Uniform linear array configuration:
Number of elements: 4
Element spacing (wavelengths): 0.5
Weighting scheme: blackman
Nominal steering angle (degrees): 45
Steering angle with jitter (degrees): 45.669
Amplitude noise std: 0.05
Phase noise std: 0.05

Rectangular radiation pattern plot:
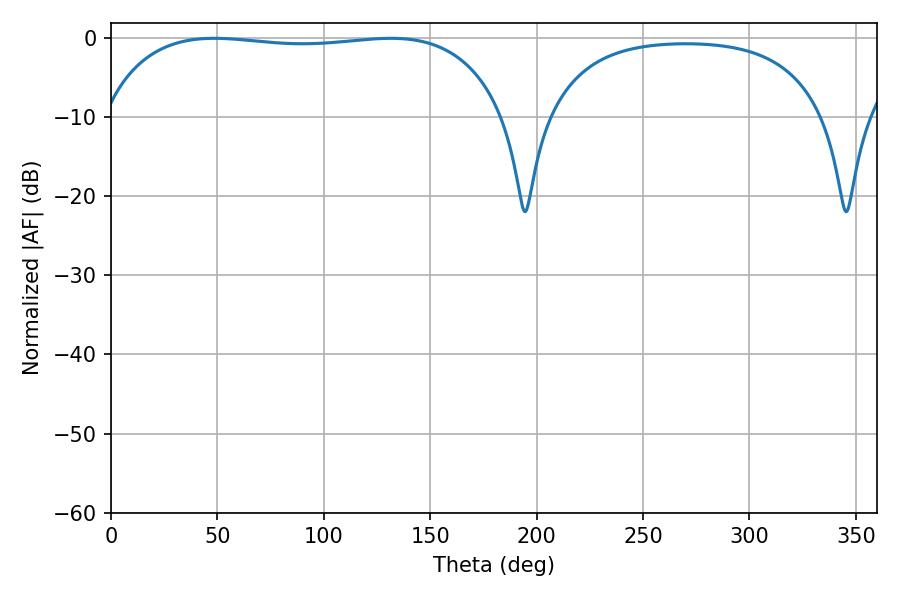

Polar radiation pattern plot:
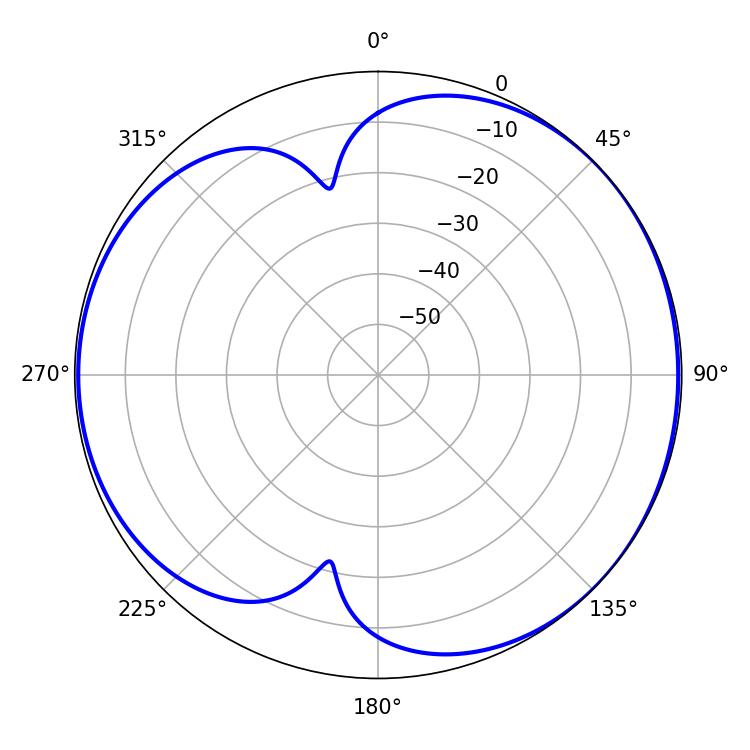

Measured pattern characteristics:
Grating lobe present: FALSE
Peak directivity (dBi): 5.015
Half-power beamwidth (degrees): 151.2
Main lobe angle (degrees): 48.42